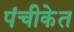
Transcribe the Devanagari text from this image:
पंचीकेत